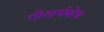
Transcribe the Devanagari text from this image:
गीतार्थबोध